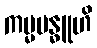
ကမ္မဗန္ဓူဟိ